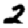
Digit: 2